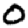
Digit: 0